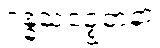
ဂန္ဓသဉ္စေတနာ